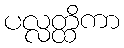
ပလ္လတ္ထိကာ